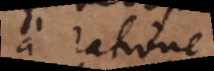
a ratione,